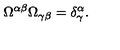
\Omega ^ { \alpha \beta } \Omega _ { \gamma \beta } = \delta _ { \gamma } ^ { \alpha } .